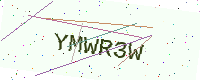
Text: YMWR3W